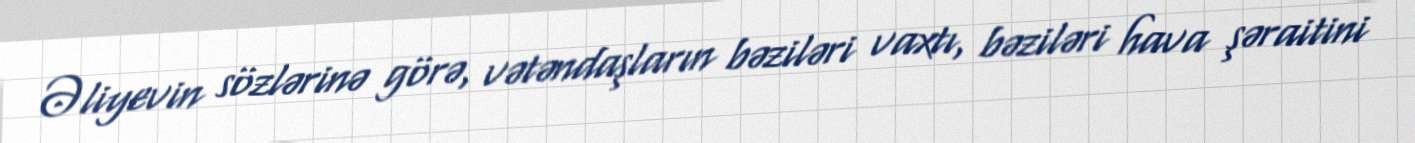
Əliyevin sözlərinə görə, vətəndaşların bəziləri vaxtı, bəziləri hava şəraitini